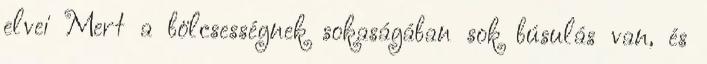
elvei Mert a bölcsességnek sokaságában sok búsulás van, és